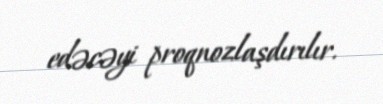
edəcəyi proqnozlaşdırılır.